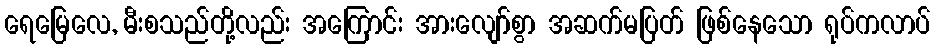
ရေမြေလေ, မီးစသည်တို့လည်း အကြောင်း အားလျော်စွာ အဆက်မပြတ် ဖြစ်နေသော ရုပ်ကလာပ်